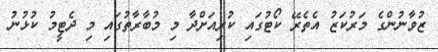
ޒުވާނުންގެ މަރުކަޒު އެތެރޭ ކޯޓުގައި ކުރިއަށްދާ މި މުބާރާތުގައި މި ދެޓީމު ކުޅުނު